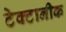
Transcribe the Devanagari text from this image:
टेक्टानीक